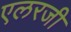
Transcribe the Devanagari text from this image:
एलरजी